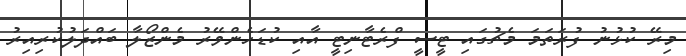
މިރޭ ކުޅުނު ފުރަތަމަ މެޗުގައި ޓީސީ ފްރެޓާނިޓީ އާއި ކުޑަހެންވޭރު މެންޒޯލާ ބައްދަލުކުރިއިރު